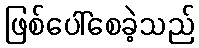
ဖြစ်ပေါ်စေခဲ့သည်